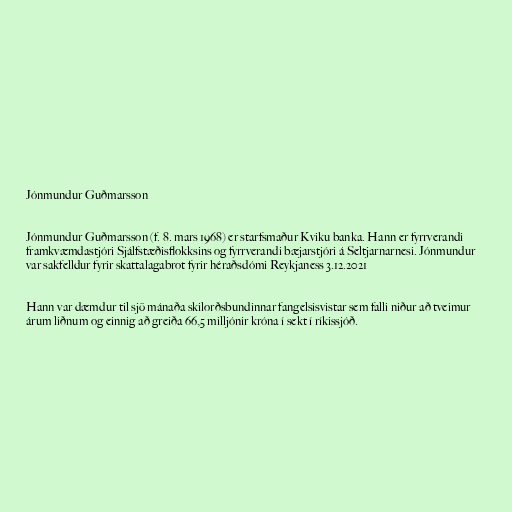
Jónmundur Guðmarsson

Jónmundur Guðmarsson (f. 8. mars 1968) er starfsmaður Kviku banka. Hann er fyrrverandi
framkvæmdastjóri Sjálfstæðisflokksins og fyrrverandi bæjarstjóri á Seltjarnarnesi. Jónmundur
var sakfelldur fyrir skattalagabrot fyrir héraðsdómi Reykjaness 3.12.2021

Hann var dæmdur til sjö mánaða skilorðsbundinnar fangelsisvistar sem falli niður að tveimur
árum liðnum og einnig að greiða 66,5 milljónir króna í sekt í ríkissjóð.